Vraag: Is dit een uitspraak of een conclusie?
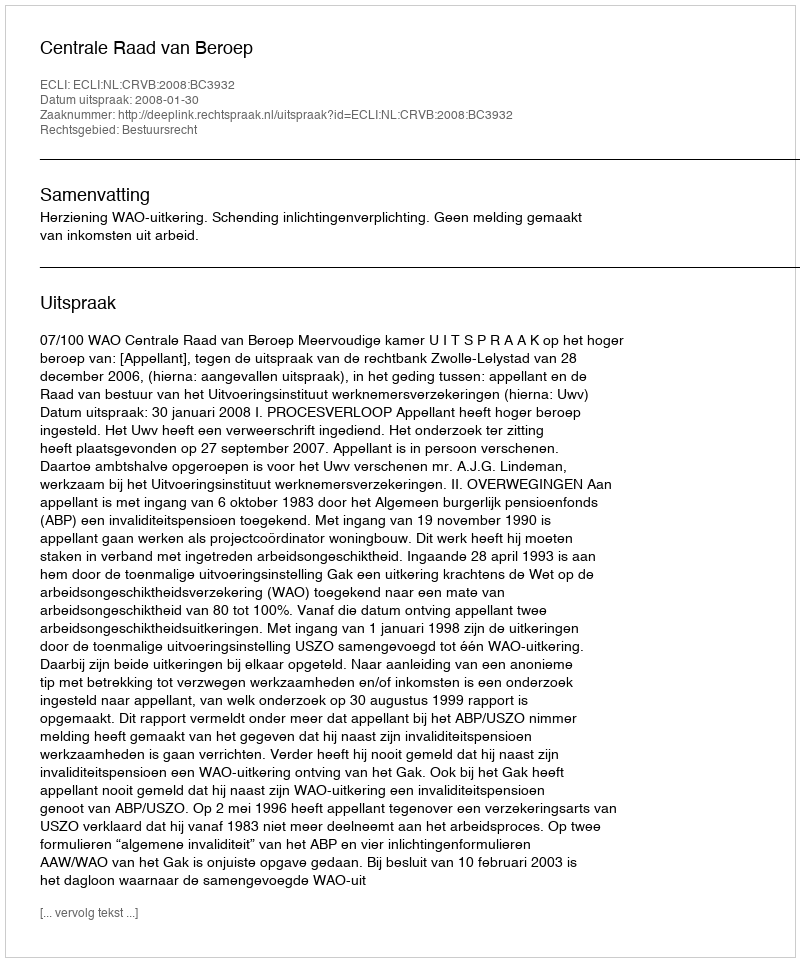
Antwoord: Uitspraak